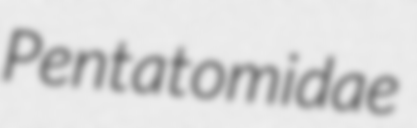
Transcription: Pentatomidae